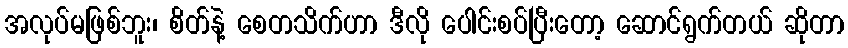
အလုပ်မဖြစ်ဘူး၊ စိတ်နဲ့ စေတသိက်ဟာ ဒီလို ပေါင်းစပ်ပြီးတော့ ဆောင်ရွက်တယ် ဆိုတာ